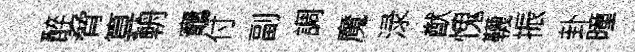
醉脅算輈竈付副調魔渌猷愧韈振卦曈